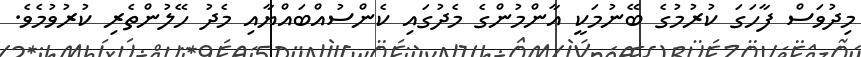
މިދުވަސް ފާހަގަ ކުރުމުގެ ބޭނުމަކީ އާންމުންގެ މެދުގައި ކެންސުއްބައްޔާއި މެދު ހޭލުންތެރި ކުރުވުމެވެ.